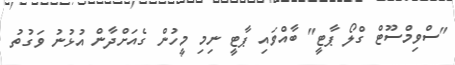
"ސްވިމްސޫޓް ގްލޯ ޕާޓީ" ބާއްވައި ޕާޓީ ނިމި މީހުން ގެއަށްދާން އުޅުނު ވަގުތު